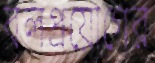
বলপ্রয়োগের